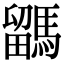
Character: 𩥖